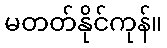
မတတ်နိုင်ကုန်။